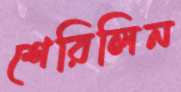
শেরিলিন